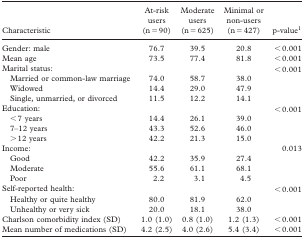
| Characteristic | At-risk users (n = 90) | Moderate users (n = 625) | Minimal or non-users (n = 427) | p-value1 |
 | --- | --- | --- | --- | --- |
 | Gender: male | 76.7 | 39.5 | 20.8 | < 0.001 |
 | Mean age | 73.5 | 77.4 | 81.8 | < 0.001 |
 | Marital status: Married or common-law marriage Widowed Single, unmarried, or divorced | 74.0 14.4 11.5 | 58.7 29.0 12.2 | 38.0 47.9 14.1 | < 0.001 |
 | Education: < 7 years 7–12 years > 12 years | 14.4 43.3 42.2 | 26.1 52.6 21.3 | 39.0 46.0 15.0 | < 0.001 |
 | Income: Good Moderate Poor | 42.2 55.6 2.2 | 35.9 61.1 3.1 | 27.4 68.1 4.5 | 0.013 |
 | Self-reported health: |  |  |  | < 0.001 |
 | Healthy or quite healthy Unhealthy or very sick Charlson comorbidity index (SD) | 80.0 20.0 1.0 (1.0) | 81.9 18.1 0.8 (1.0) | 62.0 38.0 1.2 (1.3) | < 0.001 |
 | Mean number of medications (SD) | 4.2 (2.5) | 4.0 (2.6) | 5.4 (3.4) | < 0.001 |